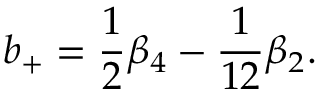
b _ { + } = \frac 1 2 \beta _ { 4 } - \frac 1 { 1 2 } \beta _ { 2 } .